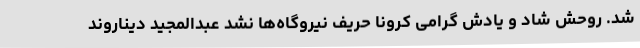
شد. روحش شاد و یادش گرامی کرونا حریف نیروگاه‌ها نشد عبدالمجید دیناروند